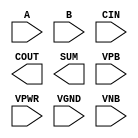
/**
 * Copyright 2020 The SkyWater PDK Authors
 *
 * Licensed under the Apache License, Version 2.0 (the "License");
 * you may not use this file except in compliance with the License.
 * You may obtain a copy of the License at
 *
 *     https://www.apache.org/licenses/LICENSE-2.0
 *
 * Unless required by applicable law or agreed to in writing, software
 * distributed under the License is distributed on an "AS IS" BASIS,
 * WITHOUT WARRANTIES OR CONDITIONS OF ANY KIND, either express or implied.
 * See the License for the specific language governing permissions and
 * limitations under the License.
 *
 * SPDX-License-Identifier: Apache-2.0
 */

`ifndef SKY130_FD_SC_HD__FAHCIN_PP_SYMBOL_V
`define SKY130_FD_SC_HD__FAHCIN_PP_SYMBOL_V

/**
 * fahcin: Full adder, inverted carry in.
 *
 * Verilog stub (with power pins) for graphical symbol definition
 * generation.
 *
 * WARNING: This file is autogenerated, do not modify directly!
 */

`timescale 1ns / 1ps
`default_nettype none

(* blackbox *)
module sky130_fd_sc_hd__fahcin (
    //# {{data|Data Signals}}
    input  A   ,
    input  B   ,
    input  CIN ,
    output COUT,
    output SUM ,

    //# {{power|Power}}
    input  VPB ,
    input  VPWR,
    input  VGND,
    input  VNB
);
endmodule

`default_nettype wire
`endif  // SKY130_FD_SC_HD__FAHCIN_PP_SYMBOL_V